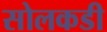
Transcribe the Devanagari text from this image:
सोलकडी